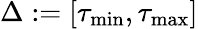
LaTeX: \Delta:=[\tau_{\operatorname*{min}},\tau_{\operatorname*{max}}]